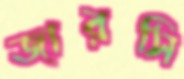
জারসি